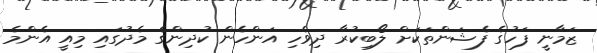
ޒަމާނީ ފަހުގެ ފެޝަންތަކަށް ލޯބިކުރާ ދިވެހި އަންހެން ކުދިންގެ މެދުގައި މިއީ އެންމެ